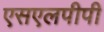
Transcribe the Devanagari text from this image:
एसएलपीपी